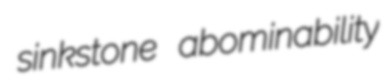
sinkstone abominability